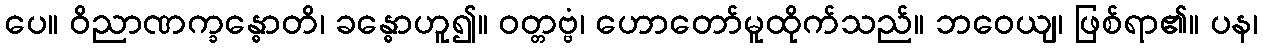
ပေ။ ဝိညာဏက္ခန္ဓောတိ၊ ခန္ဓောဟူ၍။ ဝတ္တဗ္ဗံ၊ ဟောတော်မူထိုက်သည်။ ဘဝေယျ၊ ဖြစ်ရာ၏။ ပန၊